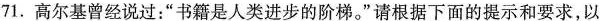
71.高尔基曾经说过：”书籍是人类进步的阶梯。”请根据下面的提示和要求，以